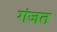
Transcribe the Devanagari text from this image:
गंजत